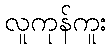
လူကုန်ကူး